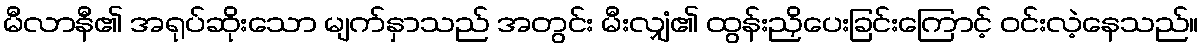
မီလာနီ၏ အရုပ်ဆိုးသော မျက်နှာသည် အတွင်း မီးလျှံ၏ ထွန်းညှိပေးခြင်းကြောင့် ဝင်းလဲ့နေသည်။